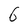
Character: 6